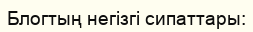
Блогтың негізгі сипаттары: